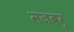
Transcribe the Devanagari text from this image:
मजबरू